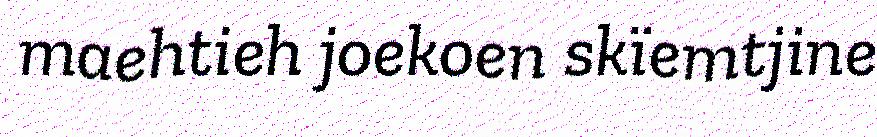
maehtieh joekoen skïemtjine